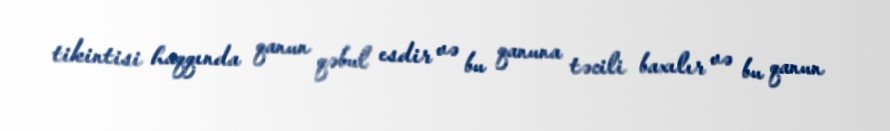
tikintisi haqqında qanun qəbul esdir və bu qanuna təcili baxılır və bu qanun